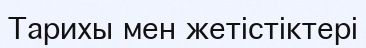
Тарихы мен жетістіктері